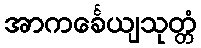
အာကင်္ခေယျသုတ္တံ